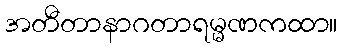
အတီတာနာဂတာရမ္မဏကထာ။